King Institute of Preventive Medicine Micro-Biological Section reports 1909-11
Year: 1909
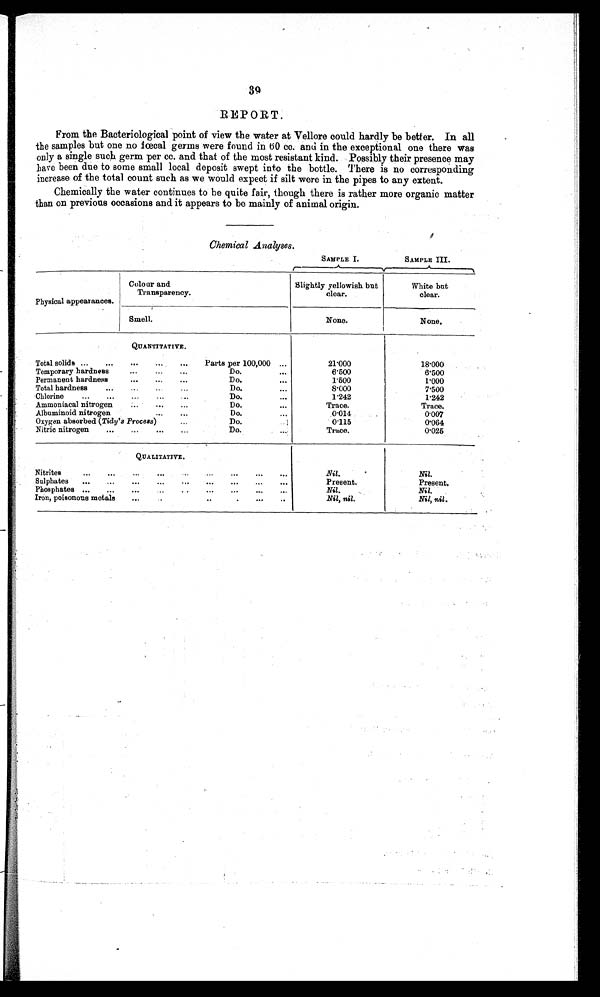
39
REPORT .
From the Bacteriological point of view the water at Vellore could hardly be better. In all
the samples but one no fœcal germs were found in 60 cc. and in the exceptional one there was
only a single such germ per cc. and that of the most resistant kind. Possibly their presence may
lave been due to some small local deposit swept into the bottle. There is no corresponding
increase of the total count such as we would expect if silt were in the pipes to any extent.
Chemically the water continues to he quite fair, though there is rather more organic matter
than on previous occasions and it appears to be mainly of animal origin.
Chemical Analyses.
SAMPLE I.
SAMPLE III.
Physical appearances.
Colour and
Transparency.
Slightly yellowish but
clear.
White but
clear.
Smell.
None.
N one.
QUANTITATIVE.
Total solids ...
...
...
. . . . . .
Parts per 100,000 ...
21.000
18.000
Temporary hardness
...
...
. . .
Do.
. . .
6.500
6.500
Permanent hardness
...
...
...
Do.
. . .
1 . 5 0 0
1.000
Total hardness
...
. . .
. . .
. . .
Do.
. . .
8.000
7.500
Chlorine
...
...
. . .
. . .
. . .
Do.
...
1.242
1.242
Ammoniacal nitrogen
. . .
...
. . .
Do.
...
Trace.
Trace.
Albuminoid nitrogen
. . .
. . .
. . .
Do.
. . .
0.014
0.007
Oxygen absorbed (Tidy's Process)
. . .
Do.
. . .
0.115
0.064
Nitric nitrogen
...
...
. . .
. . .
Do.
...
Trace.
0.025
QUALITATIVE.
Nitrites
...
...
. . .
. . .
. . .
...
...
...
. . .
Nil.
Nil.
Sulphates
...
...
...
...
...
...
...
...
. . .
p r e s e n t .
Present.
Phosphates ...
...
...
...
. . . ...
...
...
...
Nil.
Nil.
Iron, poisonous metals
...
...
. . . ...
... ...
. . .
Nil, nil.
Nil, nil.